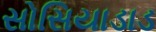
સોસિયાડાડ